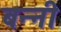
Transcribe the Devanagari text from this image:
बन्‍नी